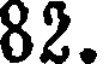
82.